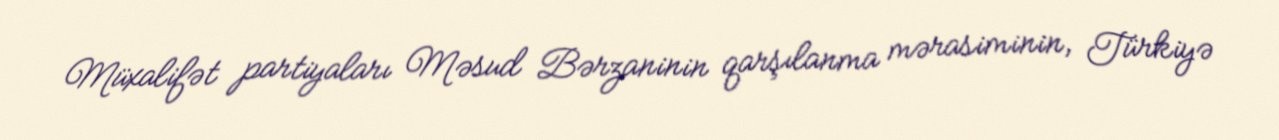
Müxalifət partiyaları Məsud Bərzaninin qarşılanma mərasiminin, Türkiyə